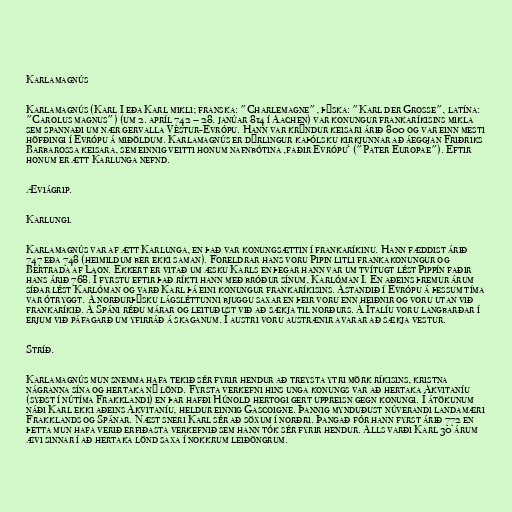
Karlamagnús

Karlamagnús (Karl I eða Karl mikli; franska: "Charlemagne", þýska: "Karl der Große", latína:
"Carolus magnus") (um 2. apríl 742 – 28. janúar 814 í Aachen) var konungur frankaríkisins mikla
sem spannaði um nær gervalla Vestur-Evrópu. Hann var krýndur keisari árið 800 og var einn mesti
höfðingi í Evrópu á miðöldum. Karlamagnús er dýrlingur kaþólsku kirkjunnar að áeggjan Friðriks
Barbarossa keisara, sem einnig veitti honum nafnbótina ‚faðir Evrópu‘ ("Pater Europae"). Eftir
honum er ætt Karlunga nefnd.

Æviágrip.

Karlungi.

Karlamagnús var af ætt Karlunga, en það var konungsættin í frankaríkinu. Hann fæddist árið
747 eða 748 (heimildum ber ekki saman). Foreldrar hans voru Pipin litli frankakonungur og
Bertrada af Laon. Ekkert er vitað um æsku Karls en þegar hann var um tvítugt lést Pippín faðir
hans árið 768. Í fyrstu eftir það ríkti hann með bróður sínum, Karlóman I. En aðeins þremur árum
síðar lést Karlóman og varð Karl þá eini konungur frankaríkisins. Ástandið í Evrópu á þessum tíma
var ótryggt. Á norðurþýsku lágsléttunni bjuggu saxar en þeir voru enn heiðnir og voru utan við
frankaríkið. Á Spáni réðu márar og leituðust við að sækja til norðurs. Á Ítalíu voru langbarðar í
erjum við páfagarð um yfirráð á skaganum. Í austri voru austrænir avarar að sækja vestur.

Stríð.

Karlamagnús mun snemma hafa tekið sér fyrir hendur að treysta ytri mörk ríkisins, kristna
nágranna sína og hertaka ný lönd. Fyrsta verkefni hins unga konungs var að hertaka Akvitaníu
(syðst í nútíma Frakklandi) en þar hafði Húnold hertogi gert uppreisn gegn konungi. Í átökunum
náði Karl ekki aðeins Akvitaníu, heldur einnig Gascoigne. Þannig mynduðust núverandi landamæri
Frakklands og Spánar. Næst sneri Karl sér að söxum í norðri. Þangað fór hann fyrst árið 772 en
þetta mun hafa verið erfiðasta verkefnið sem hann tók sér fyrir hendur. Alls varði Karl 30 árum
ævi sinnar í að hertaka lönd saxa í nokkrum leiðöngrum.